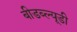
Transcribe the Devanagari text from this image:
बीडब्ल्यूडी